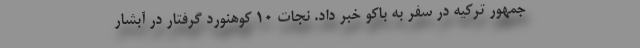
جمهور ترکیه در سفر به باکو خبر داد. نجات ۱۰ کوهنورد گرفتار در آبشار